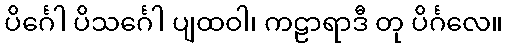
ပိင်္ဂေါ ပိသင်္ဂေါ ပျထဝါ၊ ကဠာရာဒီ တု ပိင်္ဂလေ။